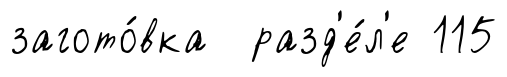
загото́вка разд'е́л'е 115